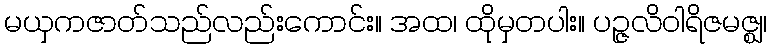
မယှကဇာတ်သည်လည်းကောင်း။ အထ၊ ထိုမှတပါး။ ပဉ္ဇလိဝါရိဇမဇ္ဈ၊